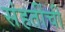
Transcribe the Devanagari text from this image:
संहतींची